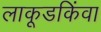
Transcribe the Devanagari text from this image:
लाकूडकिंवा